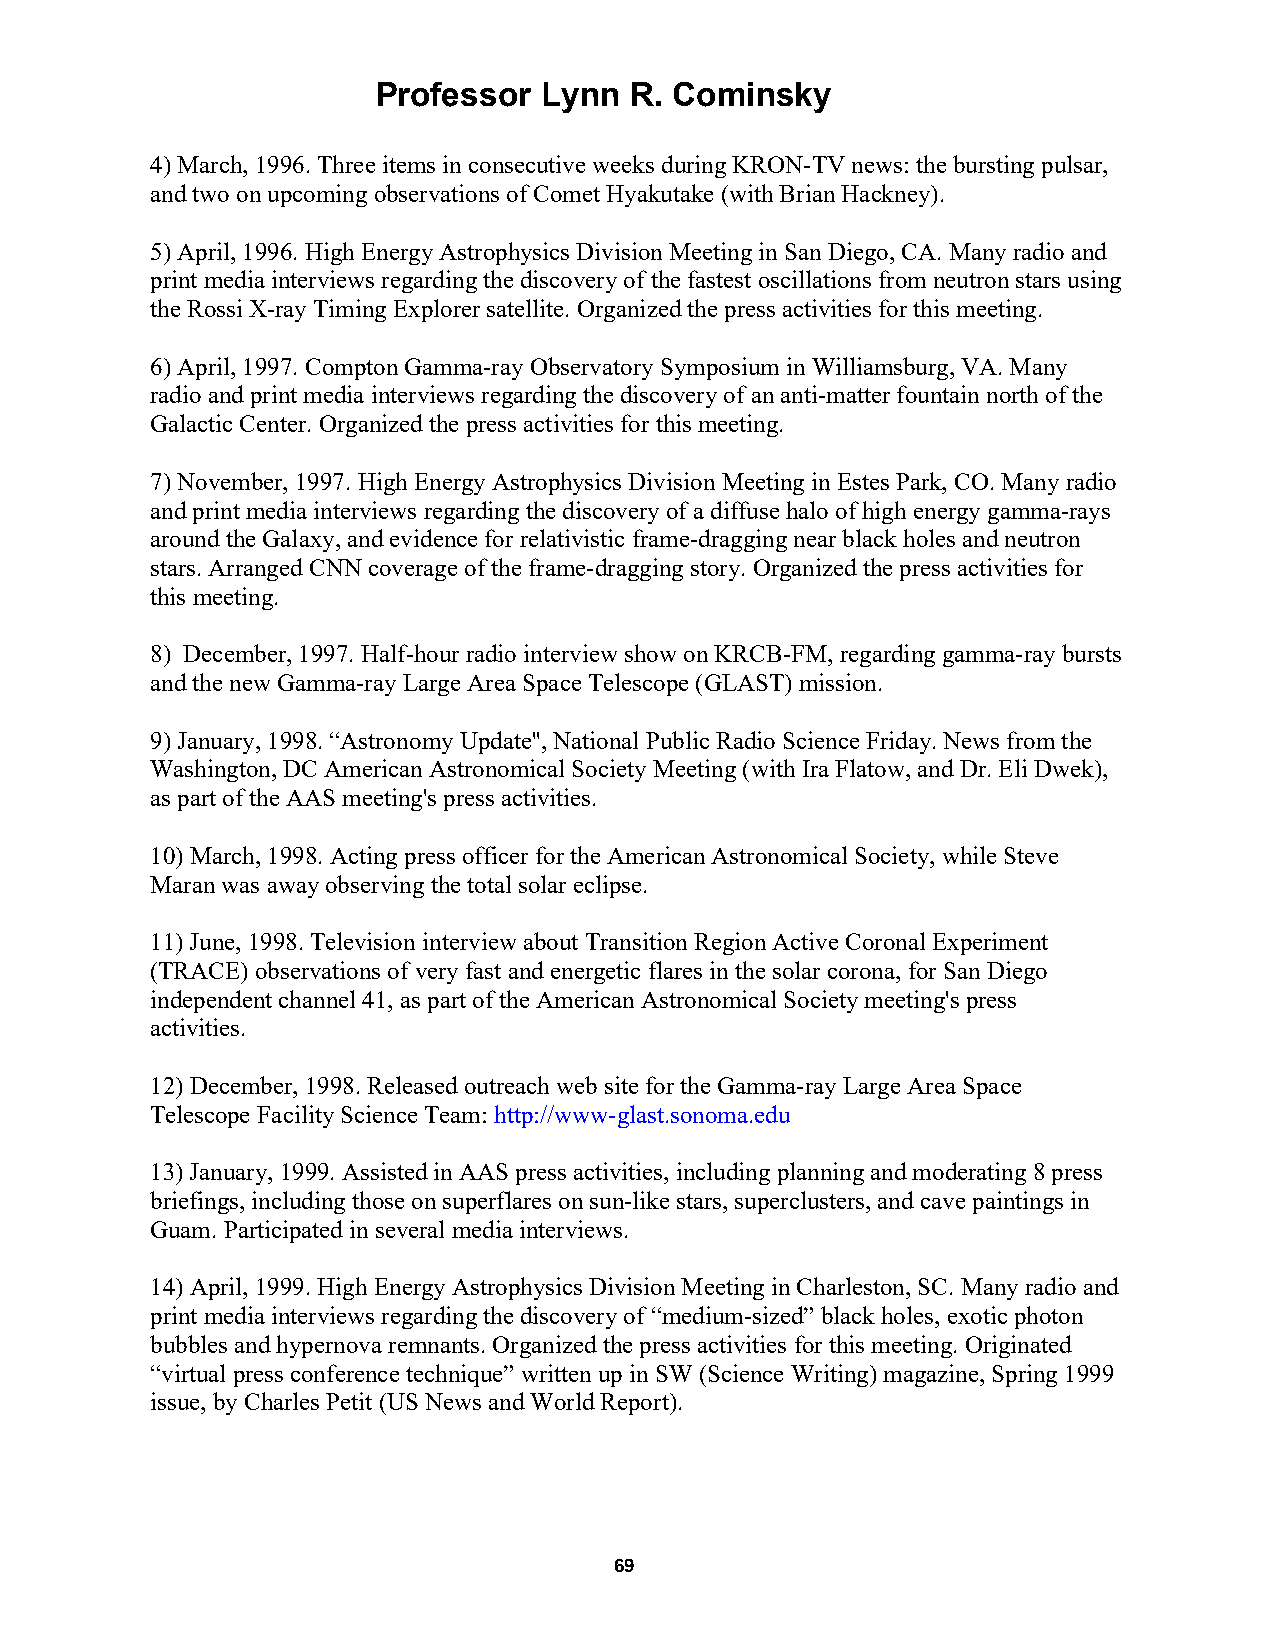
Professor  Lynn  R. Cominsky
 4) March, 1996. Three items in consecutive weeks during KRON-TV news: the bursting pulsar,
 and two on upcoming observations of Comet Hyakutake (with Brian Hackney).
 5) April, 1996. High Energy Astrophysics Division Meeting in San Diego, CA. Many radio and
 print media interviews regarding the discovery of the fastest oscillations from neutron stars using
 the Rossi X-ray Timing Explorer satellite. Organized the press activities for this meeting.
 6) April, 1997. Compton Gamma-ray Observatory Symposium in Williamsburg, VA. Many
 radio and print media interviews regarding the discovery of an anti-matter fountain north of the
 Galactic Center. Organized the press activities for this meeting.
 7) November, 1997. High Energy Astrophysics Division Meeting in Estes Park, CO. Many radio
 and print media interviews regarding the discovery of a diffuse halo of high energy gamma-rays
 around the Galaxy, and evidence for relativistic frame-dragging near black holes and neutron
 stars. Arranged CNN coverage of the frame-dragging story. Organized the press activities for
 this meeting.
 8) December, 1997. Half-hour radio interview show on KRCB-FM, regarding gamma-ray bursts
 and the new Gamma-ray Large Area Space Telescope (GLAST) mission.
 9) January, 1998. “Astronomy Update'', National Public Radio Science Friday. News from the
 Washington, DC American Astronomical Society Meeting (with Ira Flatow, and Dr. Eli Dwek),
 as part of the AAS meeting's press activities.
 10) March, 1998. Acting press officer for the American Astronomical Society, while Steve
 Maran was away observing the total solar eclipse.
 11) June, 1998. Television interview about Transition Region Active Coronal Experiment
 (TRACE) observations of very fast and energetic flares in the solar corona, for San Diego
 independent channel 41, as part of the American Astronomical Society meeting's press
 activities.
 12) December, 1998. Released outreach web site for the Gamma-ray Large Area Space
 Telescope Facility Science Team: http://www-glast.sonoma.edu
 13) January, 1999. Assisted in AAS press activities, including planning and moderating 8 press
 briefings, including those on superflares on sun-like stars, superclusters, and cave paintings in
 Guam. Participated in several media interviews.
 14) April, 1999. High Energy Astrophysics Division Meeting in Charleston, SC. Many radio and
 print media interviews regarding the discovery of “medium-sized” black holes, exotic photon
 bubbles and hypernova remnants. Organized the press activities for this meeting. Originated
 “virtual press conference technique” written up in SW (Science Writing) magazine, Spring 1999
 issue, by Charles Petit (US News and World Report).
 69